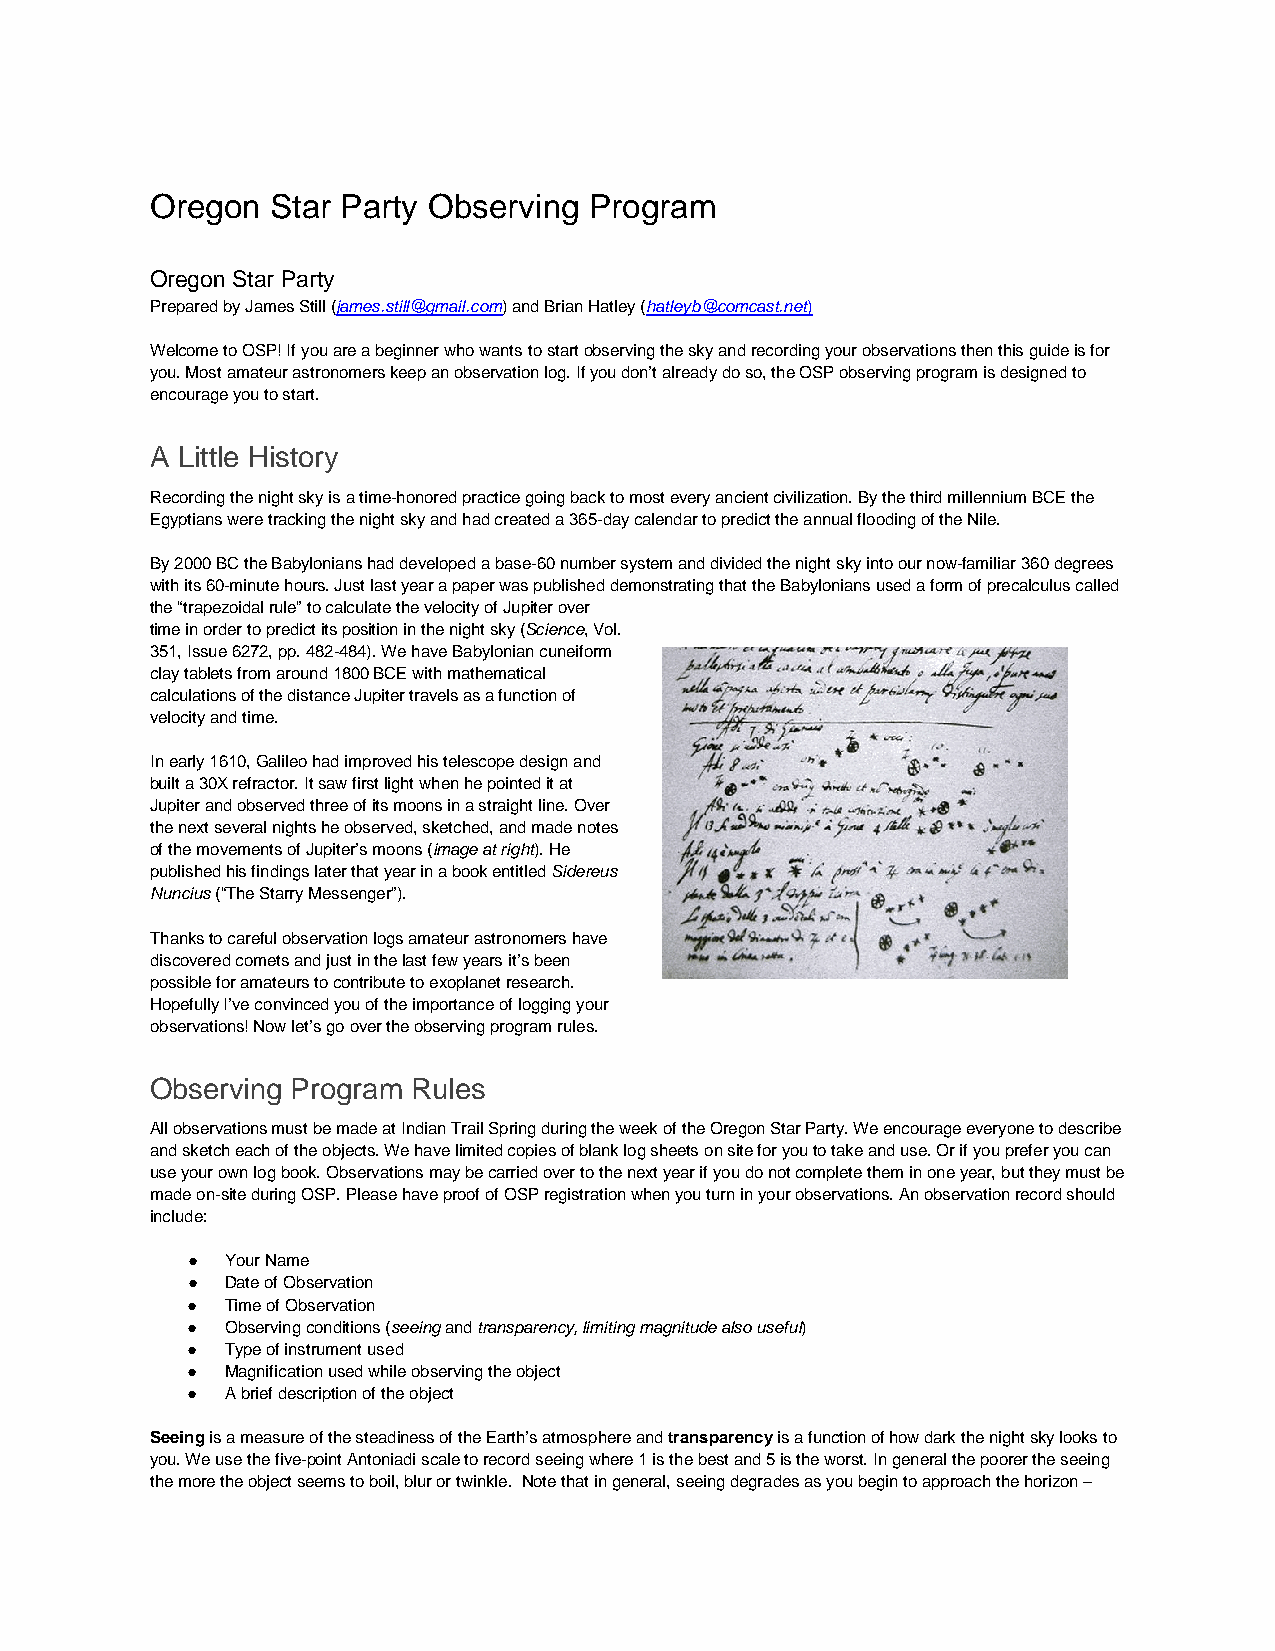
Oregon  Star Party Observing Program
 Oregon Star Party
 Prepared by James Still (james.still@gmail.com) and Brian Hatley (hatleyb@comcast.net)
 Welcome to OSP! If you are a beginner who wants to start observing the sky and recording your observations then this guide is for
 you. Most amateur astronomers keep an observation log. If you don’t already do so, the OSP observing program is designed to
 encourage you to start.
 A Little History
 Recording the night sky is a time-honored practice going back to most every ancient civilization. By the third millennium BCE the
 Egyptians were tracking the night sky and had created a 365-day calendar to predict the annual flooding of the Nile.
 By 2000 BC the Babylonians had developed a base-60 number system and divided the night sky into our now-familiar 360 degrees
 with its 60-minute hours. Just last year a paper was published demonstrating that the Babylonians used a form of precalculus called
 the “trapezoidal rule” to calculate the velocity of Jupiter over
 time in order to predict its position in the night sky (Science, Vol.
 351, Issue 6272, pp. 482-484). We have Babylonian cuneiform
 clay tablets from around 1800 BCE with mathematical
 calculations of the distance Jupiter travels as a function of
 velocity and time.
 In early 1610, Galileo had improved his telescope design and
 built a 30X refractor. It saw first light when he pointed it at
 Jupiter and observed three of its moons in a straight line. Over
 the next several nights he observed, sketched, and made notes
 of the movements of Jupiter’s moons (image at right). He
 published his findings later that year in a book entitled Sidereus
 Nuncius (“The Starry Messenger”).
 Thanks to careful observation logs amateur astronomers have
 discovered comets and just in the last few years it’s been
 possible for amateurs to contribute to exoplanet research.
 Hopefully I’ve convinced you of the importance of logging your
 observations! Now let’s go over the observing program rules.
 Observing Program Rules
 All observations must be made at Indian Trail Spring during the week of the Oregon Star Party. We encourage everyone to describe
 and sketch each of the objects. We have limited copies of blank log sheets on site for you to take and use. Or if you prefer you can
 use your own log book. Observations may be carried over to the next year if you do not complete them in one year, but they must be
 made on-site during OSP. Please have proof of OSP registration when you turn in your observations. An observation record should
 include:
 ●  Your Name
 ●  Date of Observation
 ●  Time of Observation
 ●  Observing conditions (seeing and transparency, limiting magnitude also useful)
 ●  Type of instrument used
 ●  Magnification used while observing the object
 ●  A brief description of the object
 Seeing is a measure of the steadiness of the Earth’s atmosphere and transparency is a function of how dark the night sky looks to
 you. We use the five-point Antoniadi scale to record seeing where 1 is the best and 5 is the worst. In general the poorer the seeing
 the more the object seems to boil, blur or twinkle. Note that in general, seeing degrades as you begin to approach the horizon –